Civil Veterinary Dept. Bombay admin report 1907-1913 - 1907-1913
Year: 1907
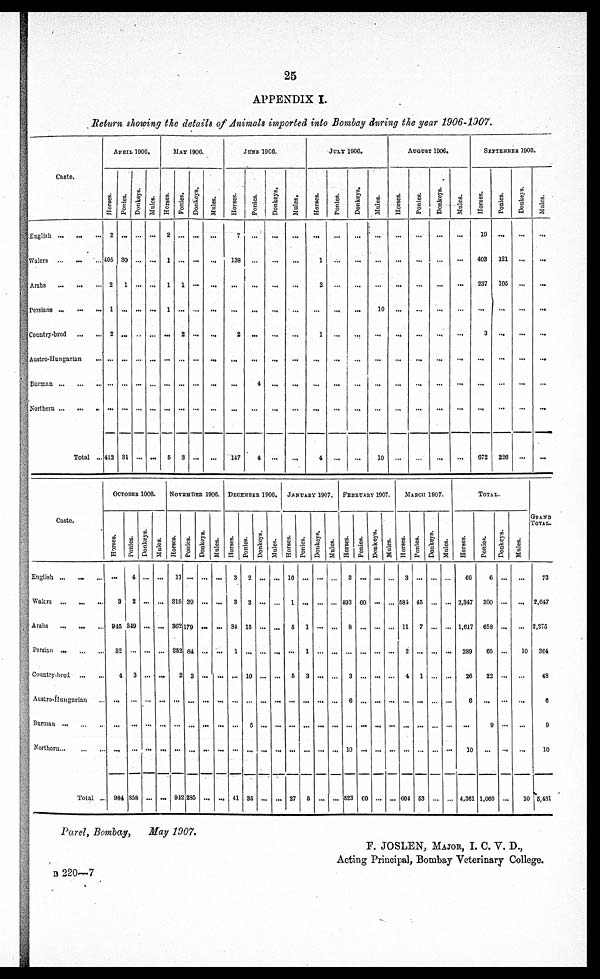
25
APPENDIX I.
Return showing the details of Animals imported into Bombay during the year 1906-1907.
Caste.
English ... ... ...
Walers
...
...
...
Arabs
...
...
...
Persians
...
...
...
Country-bred
...
...
Austro-Hungarian ...
Burman ... ... ...
Northern
...
...
..
Total ...
APRIL 1906.
Horses.
2
405
2
1
2
...
...
...
412
Ponies.
...
30
1
...
...
...
...
31
Donkeys.
...
...
...
...
...
...
...
...
...
Mules.
...
...
...
...
...
...
...
...
...
MAY 1906
Horses.
2
1
1
1
...
...
...
...
5
Ponies.
...
...
1
...
2
...
...
...
3
Donkeys.
...
...
...
...
...
...
...
...
...
Mules.
...
...
...
...
...
...
...
...
...
JUNE 1906.
Horses.
7
138
...
...
2
...
...
...
147
Ponies.
...
...
...
...
...
...
4
...
4
Donkeys.
...
...
...
...
...
...
...
...
...
Mules.
...
...
...
...
...
...
...
...
...
JULY
1906.
Horses.
...
1
2
...
1
...
...
...
4
Ponles.
...
...
...
...
...
...
...
...
...
Donkeys.
...
...
...
...
...
...
...
...
...
Mules.
...
...
...
10
...
...
...
...
10
AUGUST
1906.
Horses.
...
...
...
...
...
...
...
...
...
Ponies.
...
...
...
...
...
...
...
...
...
Donkeys.
...
...
...
...
...
...
...
...
...
Mules.
...
...
...
...
...
...
...
...
...
SEPTEMBER
1906.
Horses.
19
403
237
...
3
...
...
...
672
Ponies.
...
121
105
...
...
...
...
...
226
Donkeys.
...
...
...
...
...
...
...
...
...
Mules.
...
...
...
...
...
...
...
...
...
Caste.
English ... ... ...
Walers
...
...
...
Arabs
...
...
...
Persian
...
...
...
Country-bred
...
...
Austro-Hungarian ...
Burman ...
...
..
Northern
...
...
...
Total ..
OCTOBER 1906.
Horses.
...
3
945
32
4
...
...
...
984
Ponies.
4
2
319
...
3
...
...
...
358
Donkeys.
...
...
...
...
...
...
...
...
...
Mules.
...
...
...
...
...
...
...
...
...
NOVEMBER 1906.
Horses.
11
315
362
252
2
...
...
...
912
Ponies.
...
39
179
64
3
...
...
...
285
Donkeys.
...
...
...
...
...
...
...
...
...
Males.
...
...
...
...
...
...
...
...
...
DECEMBER 1906.
Horses.
3
3
34
1
...
...
...
...
41
Ponies.
2
3
15
...
10
...
5
...
35
Donkeys.
...
...
...
...
...
...
...
...
...
Mules.
...
...
...
...
...
...
...
...
JANUARY 1907.
Horses.
16
1
6
...
5
...
...
...
27
Ponies.
...
...
1
1
3
...
...
...
5
Donkey.
...
...
...
...
...
...
...
...
...
Mules.
...
...
...
...
...
...
...
...
...
FEBRUARY
1907.
Horses.
3
493
8
...
3
6
...
10
523
Ponies.
...
60
...
...
...
...
...
...
60
Donkeys.
...
...
...
...
...
...
...
...
...
Mules.
...
...
...
...
...
...
...
...
...
MARCH 1907.
Horses.
3
584
11
2
4
...
...
...
604
Ponies.
...
45
7
...
1
...
...
...
53
Donkeys.
...
...
...
...
...
...
...
...
...
Mules.
...
...
...
...
...
...
...
...
...
TOTAL.
Horses.
60
2,347
1,617
289
26
6
...
10
4,361
Ponies.
6
300
658
05
22
...
9
...
1,060
Donkeys.
...
...
...
...
...
...
...
...
...
Mules.
...
...
...
10
...
...
...
...
10
GRAND
TOTAL.
72
2,647
2,275
364
48
6
9
10
5,431
Parel, Bombay,
May 1907.
F. JOSLEN, MAJOR, I. C. V. D.,
Acting Principal, Bombay Veterinary College.
B 220—7